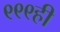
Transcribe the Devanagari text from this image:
९९९ही